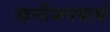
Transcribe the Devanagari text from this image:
खनीजपदार्थ